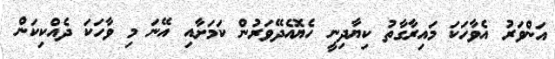
އަންވަރު އެވާހަކަ މައިރާގާތު ކިޔާދިނީ ހެޔޮއެދޭވަރުން ކަމަށާއި އޭނަ މި ވާހަކަ ދެއްކިކަން